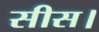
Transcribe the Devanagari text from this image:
सीस।